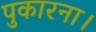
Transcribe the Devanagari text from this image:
पुकारना।